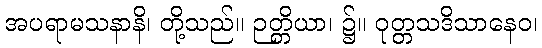
အပရာမသနာနိ၊ တို့သည်။ ဉတ္တိယာ၊ ၌။ ဝုတ္တသဒိသာနေဝ၊